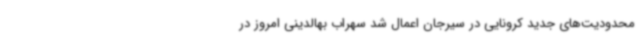
محدودیت‌های جدید کرونایی در سیرجان اعمال شد سهراب بهالدینی امروز در